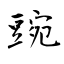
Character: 豌